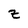
Character: z